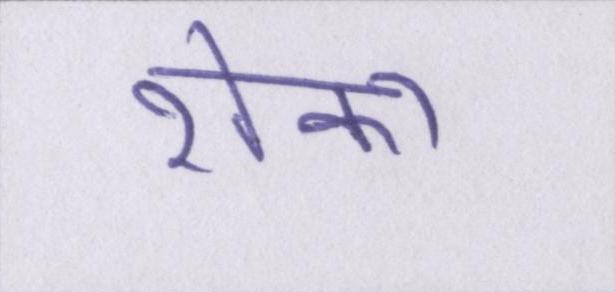
रोका